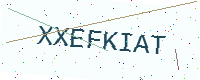
Text: XXEFKIAT